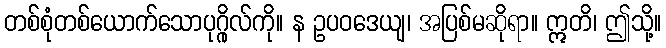
တစ်စုံတစ်ယောက်သောပုဂ္ဂိုလ်ကို။ န ဥပဝဒေယျ၊ အပြစ်မဆိုရာ။ ဣတိ၊ ဤသို့။